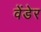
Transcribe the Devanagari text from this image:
वेंडेर